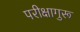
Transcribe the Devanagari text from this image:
परीक्षागुरू